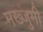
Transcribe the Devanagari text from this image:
मख्जुमी